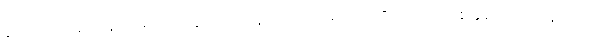
ဒေသေ၊ အရပ်၌။ (မစင်တွေ ပြည့်နေသော အရပ်၌။) ဧကော၊ တစ်ခုသော။ မဏ္ဍပေါ၊